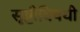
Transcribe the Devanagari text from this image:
सृष्टीविषयी